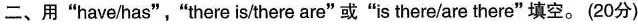
二、用"have/has","there isthere are"或"is there/are there"填空.(20分)